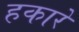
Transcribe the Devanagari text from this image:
हकारे